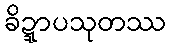
ခိဍ္ဍာပသုတဿ